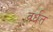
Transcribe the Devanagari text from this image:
वर्धत